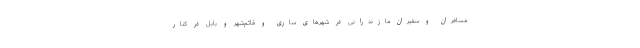
مسافران و سفیران مازندرانی در شهرهای ساری و قائم‌شهر و بابل در کنار